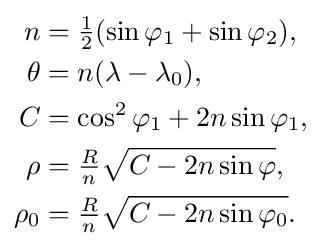
{\begin{aligned}n&={\tfrac {1}{2}}(\sin \varphi _{1}+\sin \varphi _{2}),\\\theta &=n(\lambda -\lambda _{0}),\\C&=\cos ^{2}\varphi _{1}+2n\sin \varphi _{1},\\\rho &={\tfrac {R}{n}}{\sqrt {C-2n\sin \varphi }},\\\rho _{0}&={\tfrac {R}{n}}{\sqrt {C-2n\sin \varphi _{0}}}.\end{aligned}}